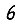
Digit: 6